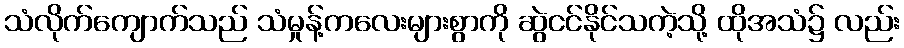
သံလိုက်ကျောက်သည် သံမှုန့်ကလေးများစွာကို ဆွဲငင်နိုင်သကဲ့သို့ ထိုအသံ၌ လည်း